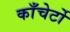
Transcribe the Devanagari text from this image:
काँचेर्टो